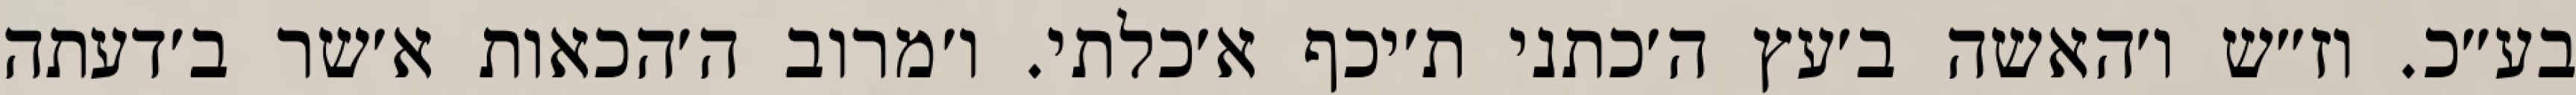
בע״כ. וז״ש ו׳האשה ב׳עץ ה׳כתני ת׳יכף א׳כלתי. ו׳מרוב ה׳הכאות א׳שר ב׳דעתה